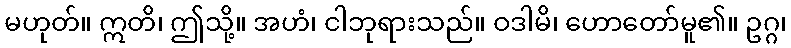
မဟုတ်။ ဣတိ၊ ဤသို့။ အဟံ၊ ငါဘုရားသည်။ ဝဒါမိ၊ ဟောတော်မူ၏။ ဥဂ္ဂ၊